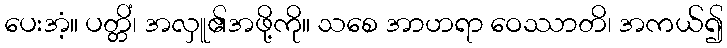
ပေးအံ့။ ပတ္တိံ၊ အလှူ၏အဖို့ကို။ သစေ အာဟရာ ဝေဿာတိ၊ အကယ်၍